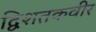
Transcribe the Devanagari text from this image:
द्विशतकवीर